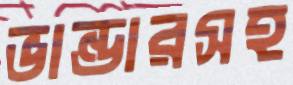
ভান্ডারসহ